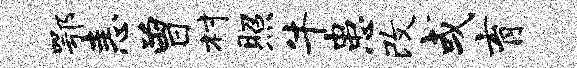
鄂恚曾村照牛患改或育